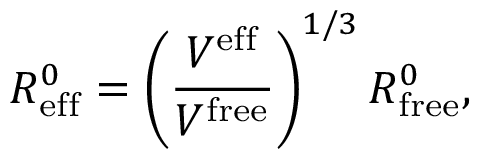
R _ { \mathrm { e f f } } ^ { 0 } = \left( \frac { V ^ { \mathrm { e f f } } } { V ^ { \mathrm { f r e e } } } \right) ^ { 1 / 3 } R _ { \mathrm { f r e e } } ^ { 0 } ,